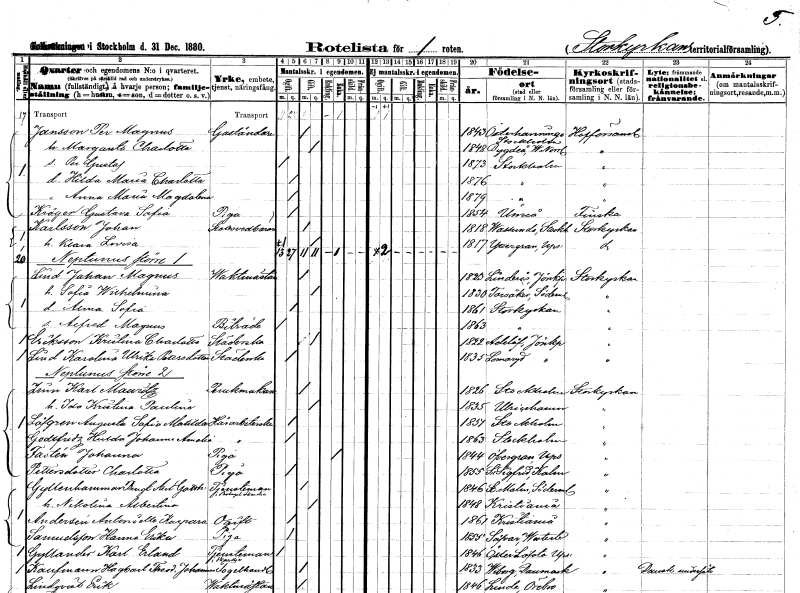
gt_parse: households: individuals: FN: Per Magnus
EN: Jansson
YRKE: Gaständare
KON: M
CIV: G
FODAR: 1843
FODFORS: Österhaninge Stockholms län
FN: Margareta Charlotta
KON: K
CIV: G
FODAR: 1848
FODFORS: Bygdeå Västerbottens län
FN: Per Gustaf
KON: M
CIV: O
FODAR: 1873
FODFORS: Stockholm
FN: Hilda Maria Charlotta
KON: K
CIV: O
FODAR: 1876
FODFORS: Stockholm
FN: Anna Maria Magdalena
KON: K
CIV: O
FODAR: 1879
FODFORS: Stockholm
FN: Gustava Sofia
EN: Kröger
YRKE: Piga
KON: K
CIV: O
FODAR: 1854
FODFORS: Umeå Västerbottens län
FN: Johan
EN: Karlsson
YRKE: Slottsvedbärare
KON: M
CIV: G
FODAR: 1818
FODFORS: Vassunda Uppsala län
FN: Klara Lovisa
KON: K
CIV: G
FODAR: 1817
FODFORS: Yttergran Uppsala län
FN: Johan Magnus
EN: Lind
YRKE: Vaktmästare
KON: M
CIV: G
FODAR: 1823
FODFORS: Linderås Jönköpings län
FN: Sofia Wilhelmina
KON: K
CIV: G
FODAR: 1830
FODFORS: Torsåker Södermanlands län
FN: Anna Sofia
KON: K
CIV: O
FODAR: 1861
FODFORS: Storkyrkoförsamlingen Stockholms stad
FN: Alfred Magnus
YRKE: Biträde
KON: M
CIV: O
FODAR: 1863
FODFORS: Storkyrkoförsamlingen Stockholms stad
FN: Kristina Charlotta
EN: Eriksson
YRKE: Städerska
KON: K
CIV: G
FODAR: 1822
FODFORS: Adelöv Jönköpings län
FN: Karolina Ulrika
EN: Lind Petersdotter
YRKE: Städerska
KON: K
CIV: O
FODAR: 1835
FODFORS: Lommaryd Jönköpings län
FN: Karl Mauritz
EN: Zerin
YRKE: Perukmakare
KON: M
CIV: G
FODAR: 1826
FODFORS: Stockholm
FN: Ida Kristina Paulina
KON: K
CIV: G
FODAR: 1835
FODFORS: Ulricehamn Älvsborgs län
FN: Augusta Sofia Matilda
EN: Löfgren
YRKE: Hårarbeterska
KON: K
CIV: O
FODAR: 1851
FODFORS: Stockholm
FN: Hulda Johanna Amalia
EN: Godtfridz
YRKE: Hårarbeterska
KON: K
CIV: O
FODAR: 1863
FODFORS: Stockholm
FN: Johanna
EN: Fastén
YRKE: Piga
KON: K
CIV: E
FODAR: 1844
FODFORS: Övergran Uppsala län
FN: Charlotta
EN: Pettersdotter
YRKE: Piga
KON: K
CIV: O
FODAR: 1855
FODFORS: Sankt Sigfrid Kalmar län
FN: Bengt Axel Gotthard
EN: Gyllenhammar
YRKE: Tjänsteman vid försäkringsbolag
KON: M
CIV: G
FODAR: 1846
FODFORS: Stora Malm Södermanlands län
FN: Nikolina Albertina
KON: K
CIV: G
FODAR: 1848
FN: Anteniette Kapara
EN: Andersén
KON: K
CIV: O
FODAR: 1861
FN: Hanna Erika
EN: Samuelsson
YRKE: Piga
KON: K
CIV: O
FODAR: 1855
FODFORS: Sävar Västerbottens län